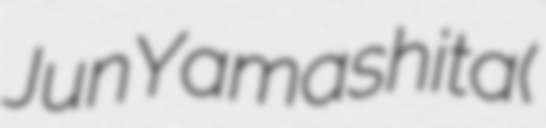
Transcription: Jun Yamashita (山下